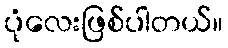
ပုံလေးဖြစ်ပါတယ်။